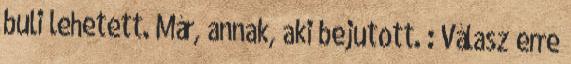
buli lehetett. Már, annak, aki bejutott. : Válasz erre